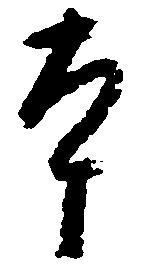
本